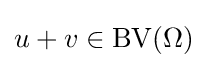
u+v\in \operatorname {\operatorname {BV} } (\Omega )